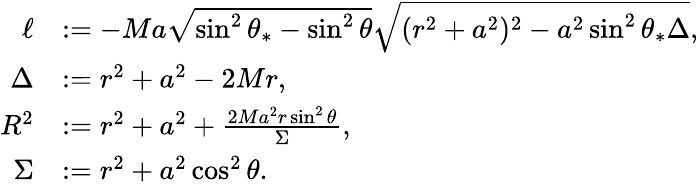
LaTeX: \begin{array}{rl}{\ell}&{:=-Ma\sqrt{\sin^{2}\theta_{*}-\sin^{2}\theta}\sqrt{(r^{2}+a^{2})^{2}-a^{2}\sin^{2}\theta_{*}\Delta},}\\ {\Delta}&{:=r^{2}+a^{2}-2Mr,}\\ {R^{2}}&{:=r^{2}+a^{2}+\frac{2Ma^{2}r\sin^{2}\theta}{\Sigma},}\\ {\Sigma}&{:=r^{2}+a^{2}\cos^{2}\theta.}\end{array}